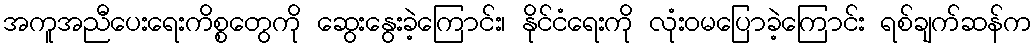
အကူအညီပေးရေးကိစ္စတွေကို ဆွေးနွေးခဲ့ကြောင်း၊ နိုင်ငံရေးကို လုံးဝမပြောခဲ့ကြောင်း ရစ်ချက်ဆန်က